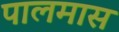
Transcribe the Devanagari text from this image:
पालमास